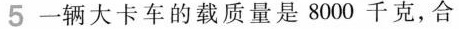
5 一辆大卡车的载质量是8000千克，合